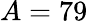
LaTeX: A=79